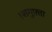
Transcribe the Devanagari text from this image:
।शगुफ़्ता